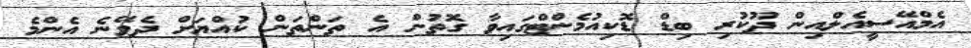
އެމްއޭސީއެލްއިން ދޫކުރި ބިޑް ޑޮކިއުމެންޓްގައިވާ ގޮތުން އެ ތަންތަން ކުއްޔަށް ދެވޭނެ އެންމެ